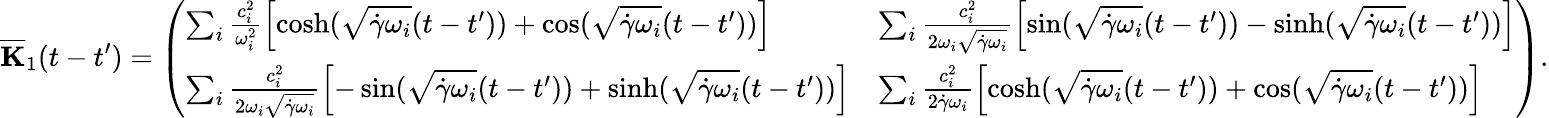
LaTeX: \mathbf{{\overline{{K}}}}_{1}(t-t^{\prime})=\left(\begin{array}{ll}{\sum_{i}\frac{c_{i}^{2}}{\omega_{i}^{2}}\Bigl[\cosh(\sqrt{\dot{\gamma}\omega_{i}}(t-t^{\prime}))+\cos(\sqrt{\dot{\gamma}\omega_{i}}(t-t^{\prime}))\Bigr]}&{\sum_{i}\frac{c_{i}^{2}}{2\omega_{i}\sqrt{\dot{\gamma}\omega_{i}}}\Bigl[\sin(\sqrt{\dot{\gamma}\omega_{i}}(t-t^{\prime}))-\sinh(\sqrt{\dot{\gamma}\omega_{i}}(t-t^{\prime}))\Bigr]}\\ {\sum_{i}\frac{c_{i}^{2}}{2\omega_{i}\sqrt{\dot{\gamma}\omega_{i}}}\Bigl[-\sin(\sqrt{\dot{\gamma}\omega_{i}}(t-t^{\prime}))+\sinh(\sqrt{\dot{\gamma}\omega_{i}}(t-t^{\prime}))\Bigr]}&{\sum_{i}\frac{c_{i}^{2}}{2\dot{\gamma}\omega_{i}}\Bigl[\cosh(\sqrt{\dot{\gamma}\omega_{i}}(t-t^{\prime}))+\cos(\sqrt{\dot{\gamma}\omega_{i}}(t-t^{\prime}))\Bigr]}\end{array}\right).